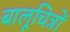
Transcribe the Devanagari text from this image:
बालूचित्रों